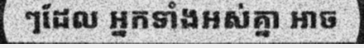
ៗដែល អ្នកទាំងអស់គ្នា អាច